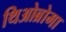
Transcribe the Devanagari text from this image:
थिओब्रोमा